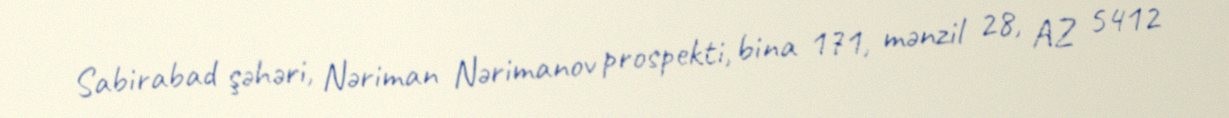
Sabirabad şəhəri, Nəriman Nərimanov prospekti, bina 171, mənzil 28, AZ 5412